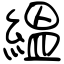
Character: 縕